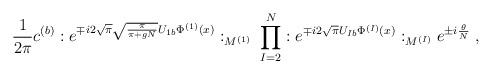
LaTeX: \begin{align*}\frac{1}{2\pi} c^{(b)}: e^{\mp i 2 \sqrt{\pi} \sqrt{\frac{\pi}{\pi +gN}} U_{1 b} \Phi^{(1)}(x)}:_{M^{(1)}} \; \prod_{I=2}^N: e^{\mp i 2 \sqrt{\pi} U_{I b} \Phi^{(I)}(x)}:_{M^{(I)}} e^{\pm i \frac{\theta}{N}}\; ,\end{align*}